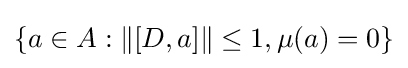
\left\{a\in A:\|[D,a]\|\leq 1,\mu (a)=0\right\}